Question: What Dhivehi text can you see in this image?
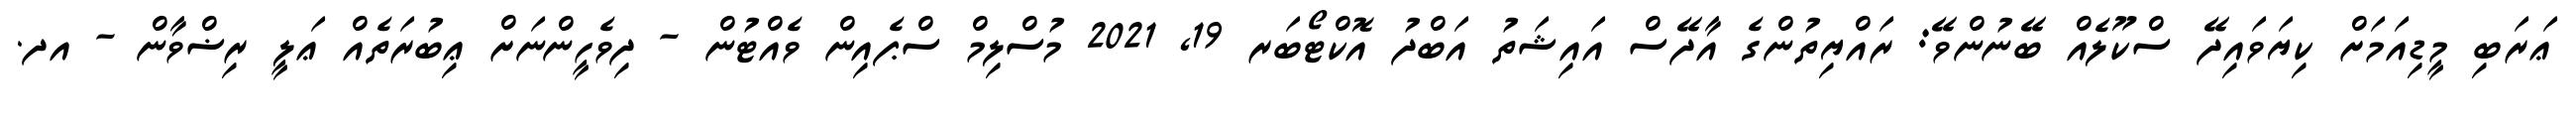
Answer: ޢަރަބި މީޑިއަމަށް ކިޔަވައިދޭ ސްކޫލެއް ބޭނުންވޭ: ރައްޔިތުންގެ އާދޭސް އައިޝަތު އަބްދު އޮކްޓޯބަރ 19, 2021 މުސްލިމް ސްޕެއިން ވެއްޓުން - ދިވެހީންނަށް ޢިބުރަތެއް ޢަލީ ރިޟްވާން - އދ.